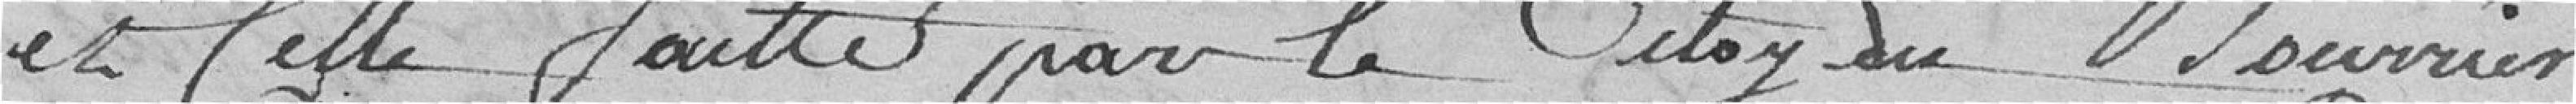
et celle faite par le citoyen Bourrier